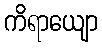
ကိရာယျော